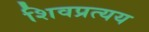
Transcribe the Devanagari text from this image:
शिवप्रत्यय